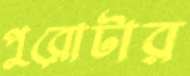
পুরোটার